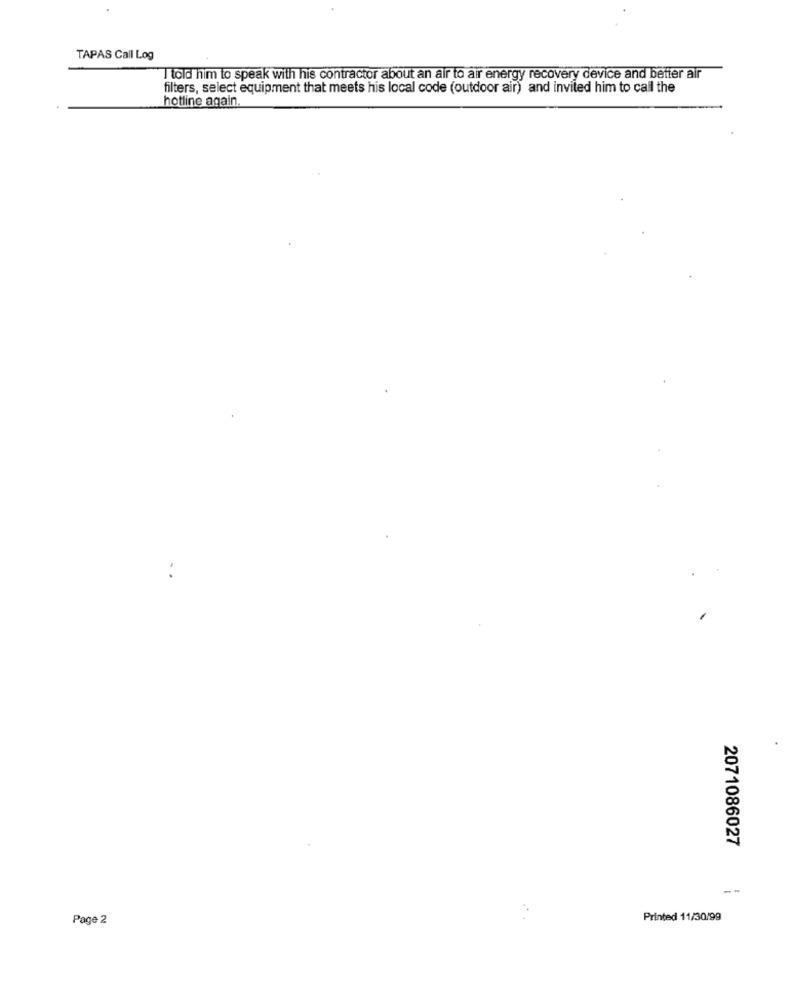
TAPAS Call Log
I told him to speak with his contractor about an air to air energy recovery device and better air
filters, select equipment that meets his local code (outdoor air) and invited him to call the
hotline again.
2071086027
--
Page 2
Printed 11/30/99